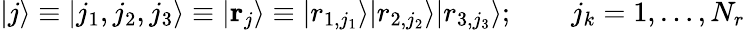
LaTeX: |j\rangle\equiv|j_{1},j_{2},j_{3}\rangle\equiv|{\mathbf r}_{j}\rangle\equiv|r_{1,j_{1}}\rangle|r_{2,j_{2}}\rangle|r_{3,j_{3}}\rangle;\qquad j_{k}=1,\ldots,N_{r}